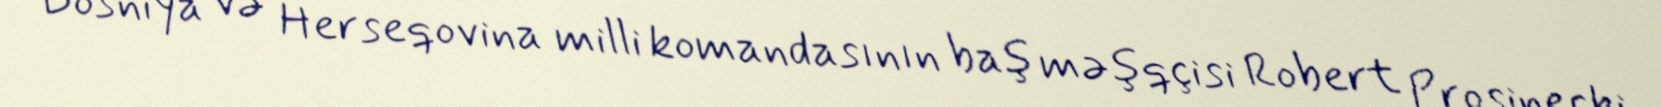
Bosniya və Herseqovina milli komandasının baş məşqçisi Robert Prosineçki